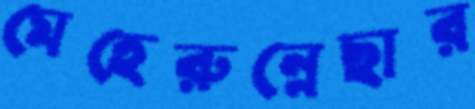
মেহেরুন্নেছার